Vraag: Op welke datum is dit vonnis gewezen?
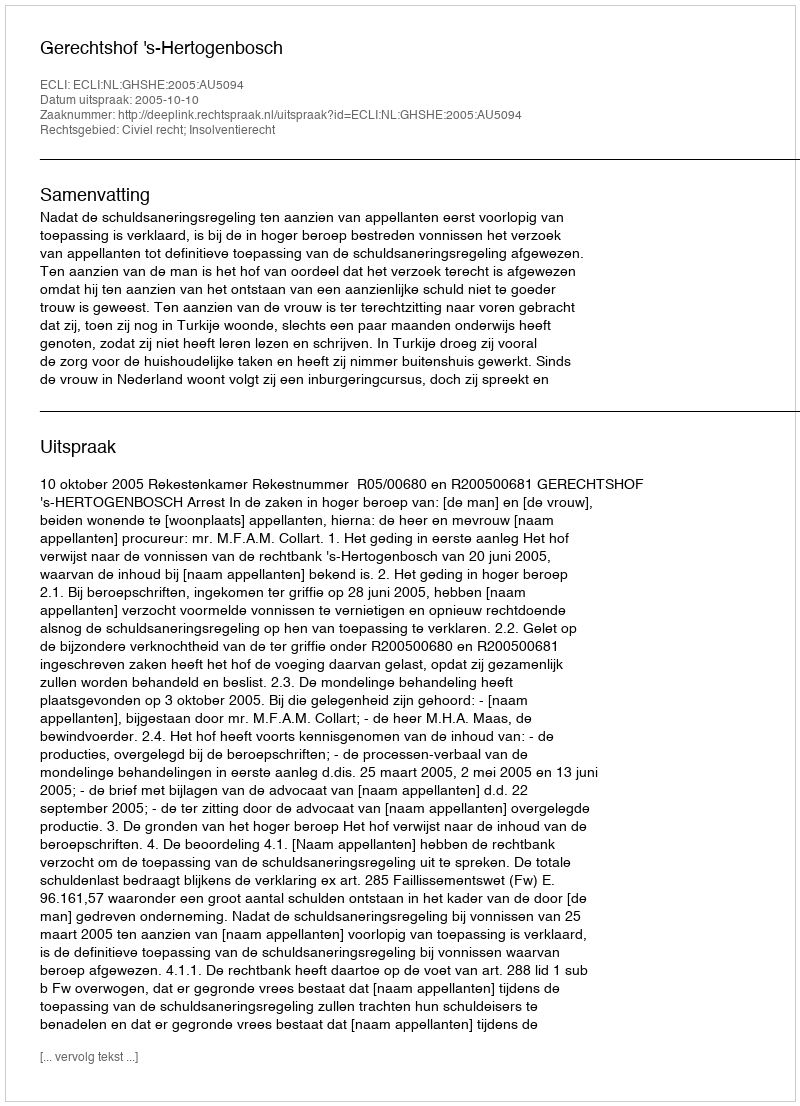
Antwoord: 2005-10-10